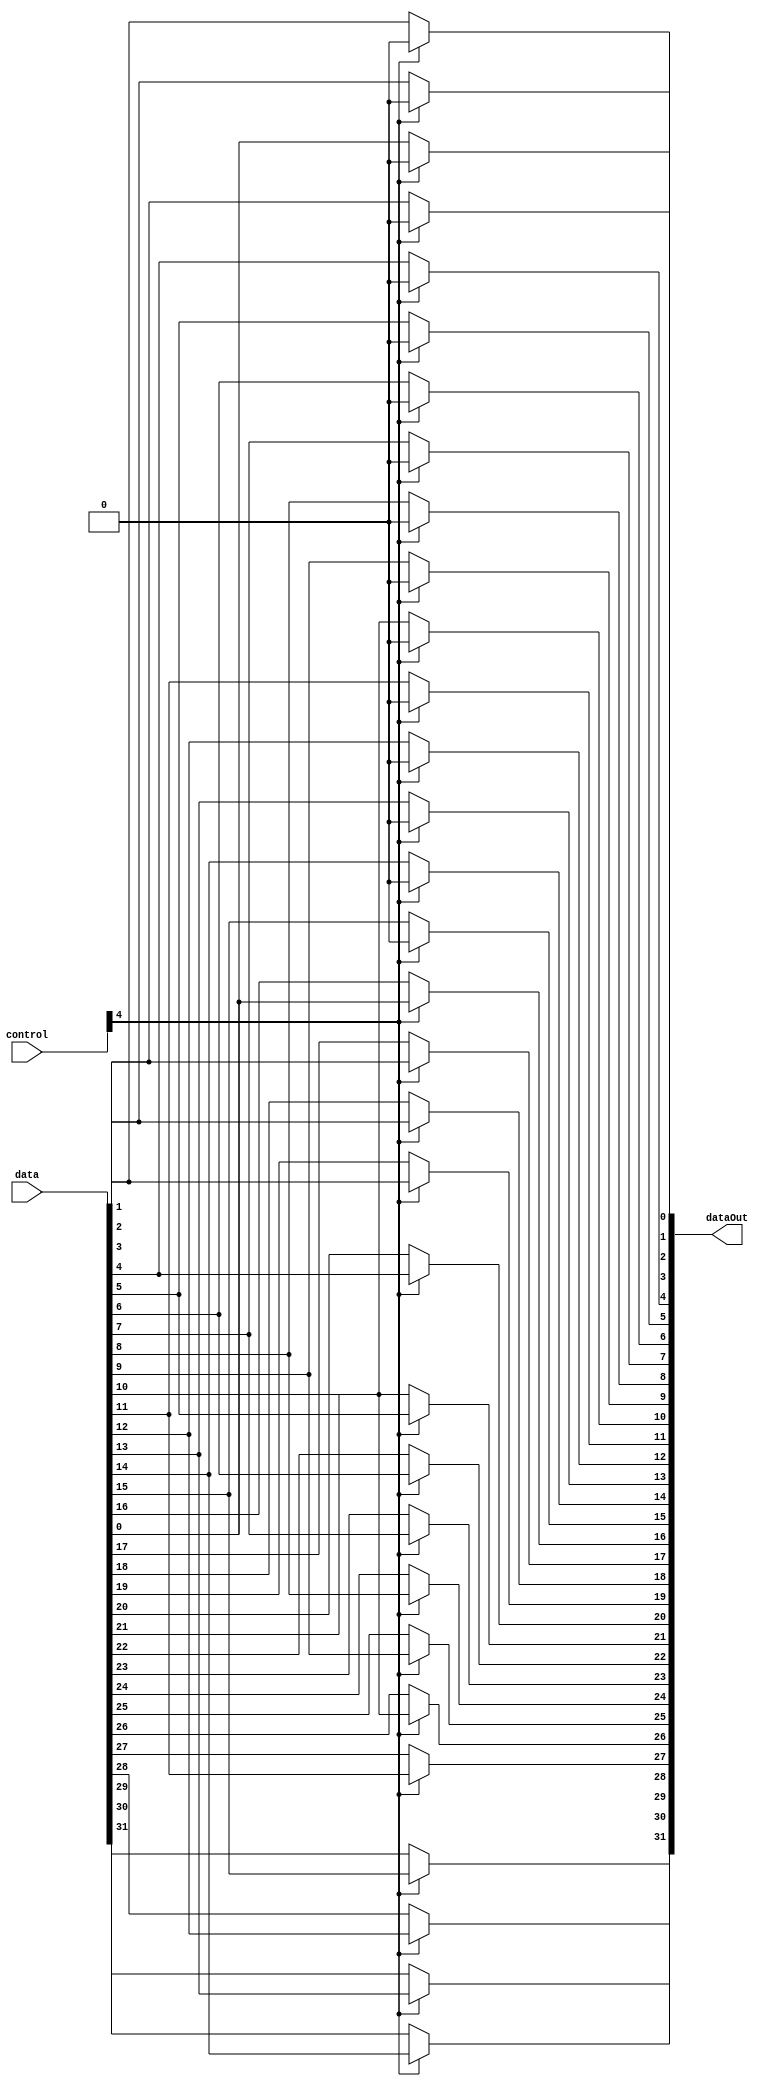
`timescale 1ns/1ns
module Shifter_4( data, control, dataOut );
// 2^4(16bit)

input [31:0] data;
input [31:0] control;
output [31:0] dataOut ;

assign dataOut[0] = ( control[4] == 1 ) ? 1'b0 : data[0];
assign dataOut[1] = ( control[4] == 1 ) ? 1'b0 : data[1];
assign dataOut[2] = ( control[4] == 1 ) ? 1'b0 : data[2];
assign dataOut[3] = ( control[4] == 1 ) ? 1'b0 : data[3];
assign dataOut[4] = ( control[4] == 1 ) ? 1'b0 : data[4];
assign dataOut[5] = ( control[4] == 1 ) ? 1'b0 : data[5];
assign dataOut[6] = ( control[4] == 1 ) ? 1'b0 : data[6];
assign dataOut[7] = ( control[4] == 1 ) ? 1'b0 : data[7];
assign dataOut[8] = ( control[4] == 1 ) ? 1'b0 : data[8];
assign dataOut[9] = ( control[4] == 1 ) ? 1'b0 : data[9];
assign dataOut[10] = ( control[4] == 1 ) ? 1'b0 : data[10];
assign dataOut[11] = ( control[4] == 1 ) ? 1'b0 : data[11];
assign dataOut[12] = ( control[4] == 1 ) ? 1'b0 : data[12];
assign dataOut[13] = ( control[4] == 1 ) ? 1'b0 : data[13];
assign dataOut[14] = ( control[4] == 1 ) ? 1'b0 : data[14];
assign dataOut[15] = ( control[4] == 1 ) ? 1'b0 : data[15];
assign dataOut[16] = ( control[4] == 1 ) ? data[0] : data[16];
assign dataOut[17] = ( control[4] == 1 ) ? data[1] : data[17];
assign dataOut[18] = ( control[4] == 1 ) ? data[2] : data[18];
assign dataOut[19] = ( control[4] == 1 ) ? data[3] : data[19];
assign dataOut[20] = ( control[4] == 1 ) ? data[4] : data[20];
assign dataOut[21] = ( control[4] == 1 ) ? data[5] : data[21];
assign dataOut[22] = ( control[4] == 1 ) ? data[6] : data[22];
assign dataOut[23] = ( control[4] == 1 ) ? data[7] : data[23];
assign dataOut[24] = ( control[4] == 1 ) ? data[8] : data[24];
assign dataOut[25] = ( control[4] == 1 ) ? data[9] : data[25];
assign dataOut[26] = ( control[4] == 1 ) ? data[10] : data[26];
assign dataOut[27] = ( control[4] == 1 ) ? data[11] : data[27];
assign dataOut[28] = ( control[4] == 1 ) ? data[12] : data[28];
assign dataOut[29] = ( control[4] == 1 ) ? data[13] : data[29];
assign dataOut[30] = ( control[4] == 1 ) ? data[14] : data[30];
assign dataOut[31] = ( control[4] == 1 ) ? data[15] : data[31];

endmodule